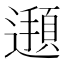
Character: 𮟖